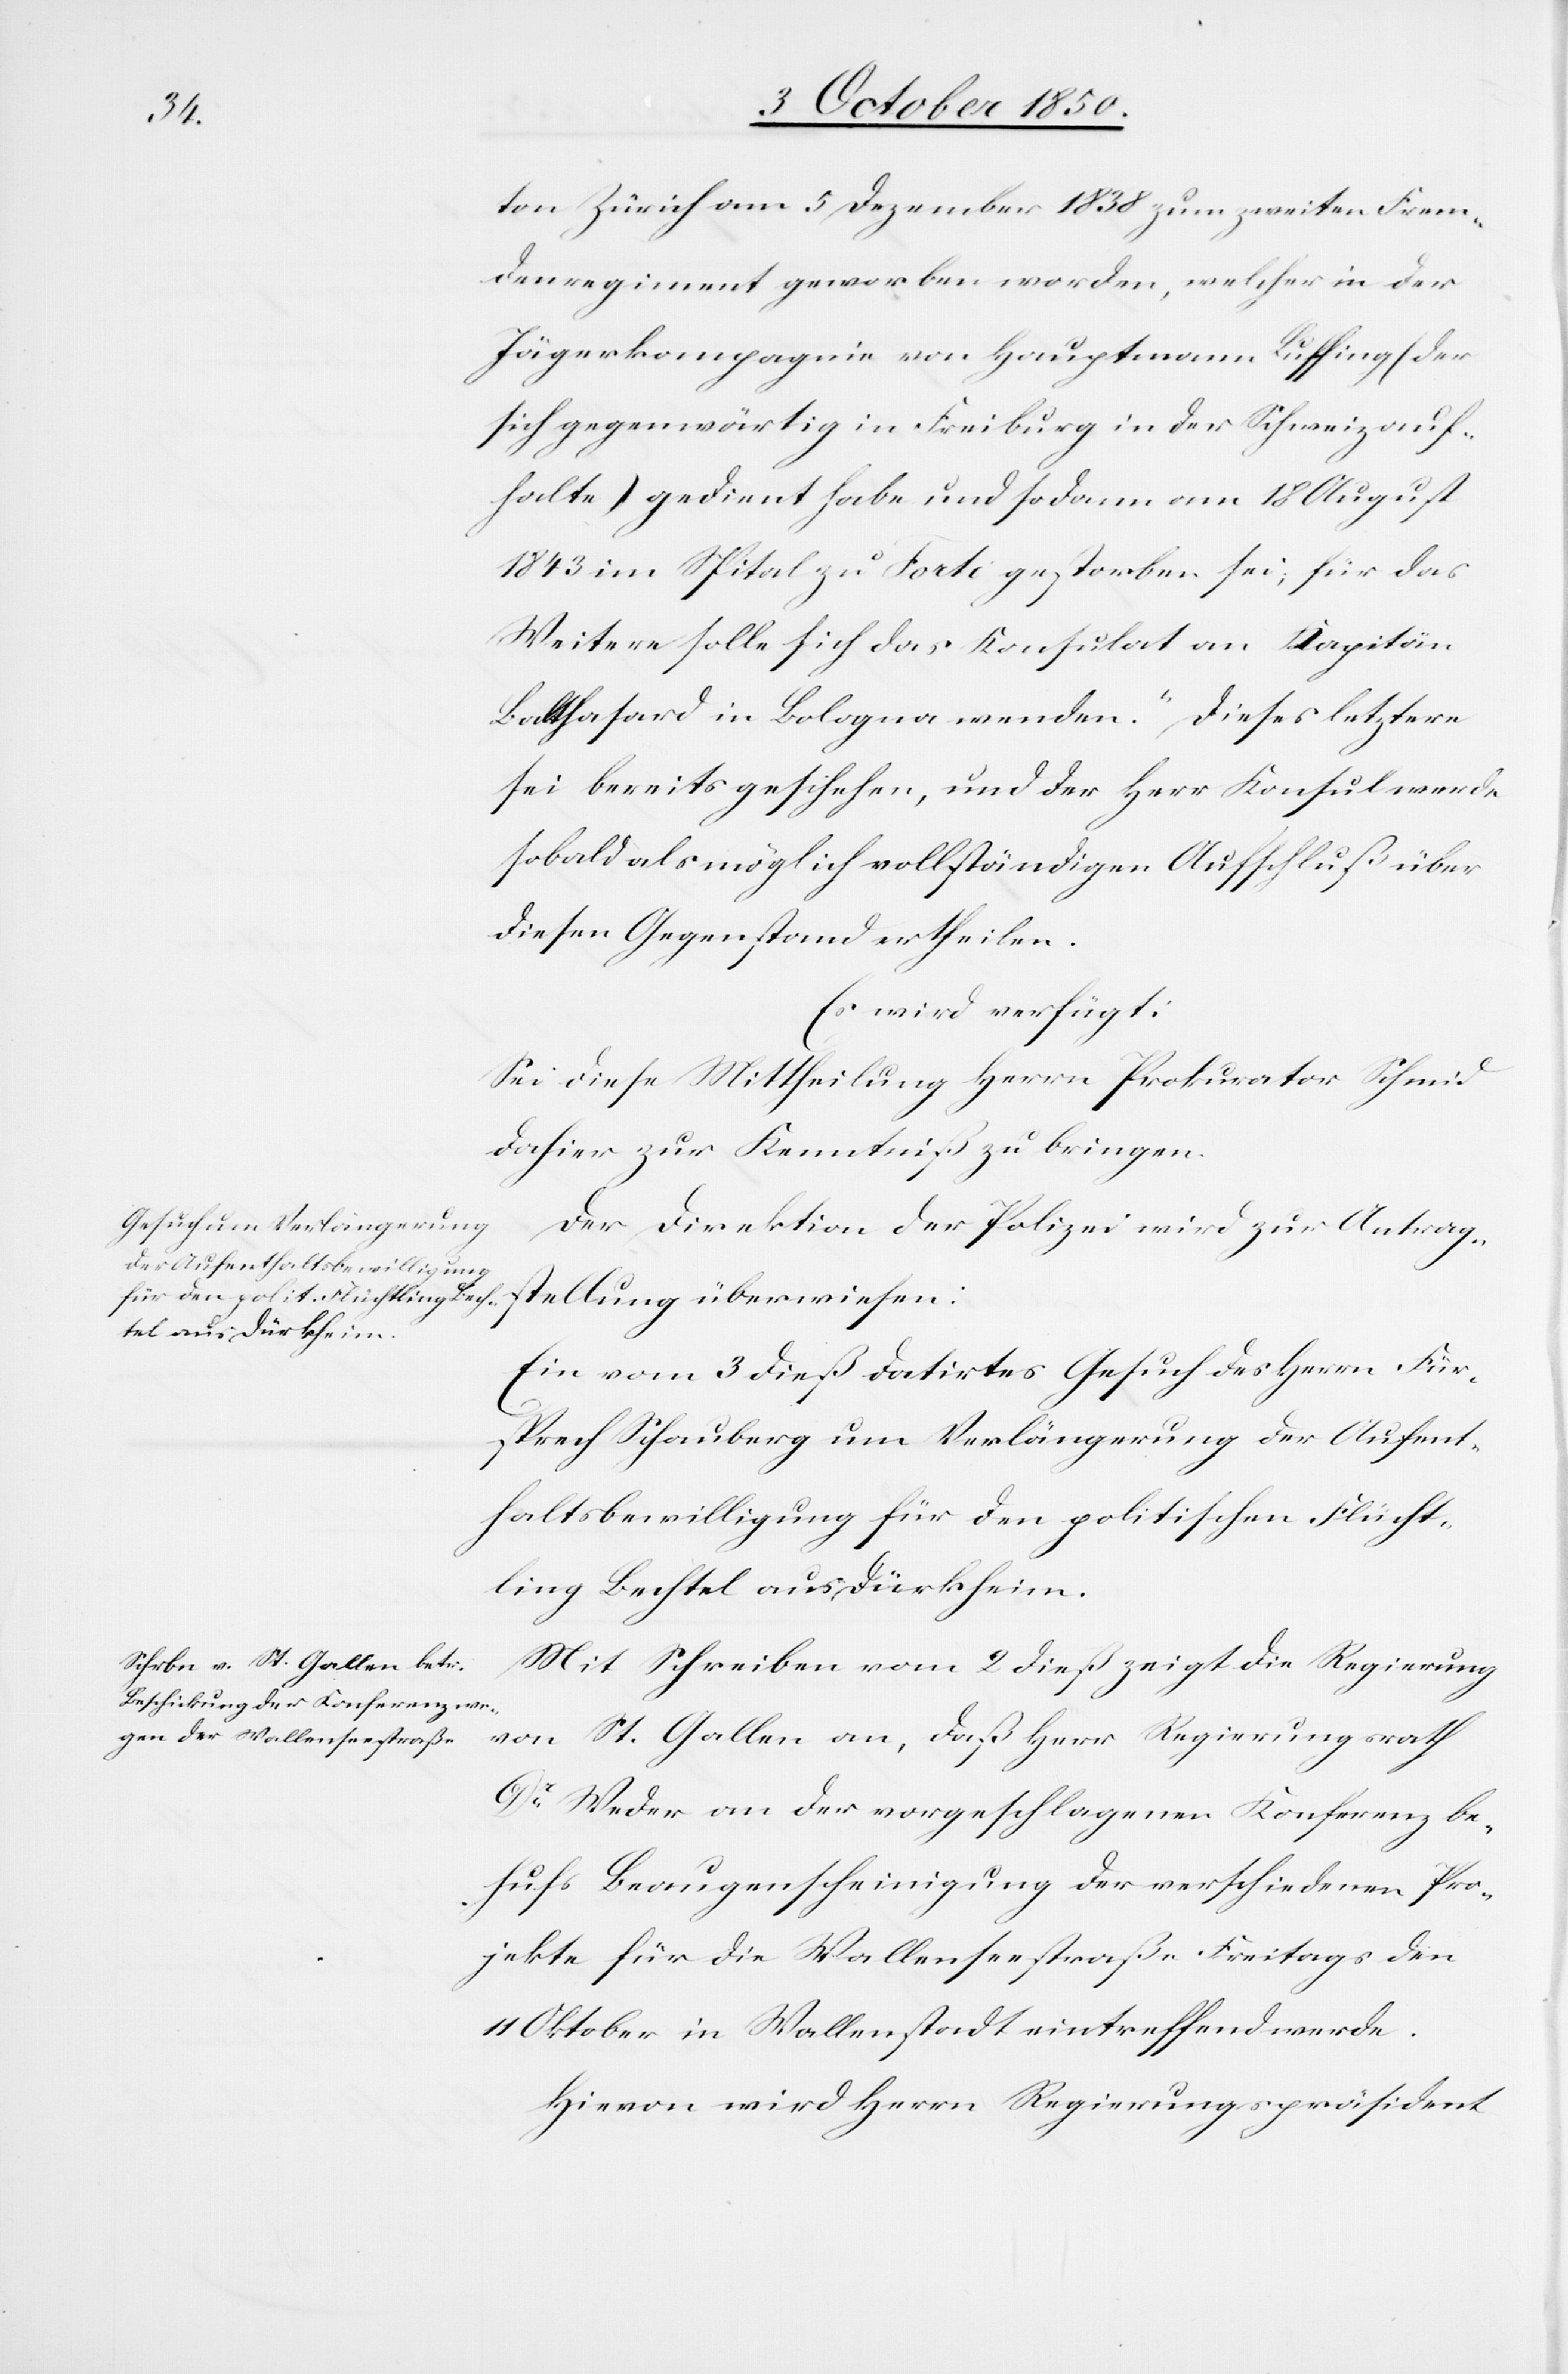
4 October 1850.]
ton Zürich am 5 Dezember 1838 zum zweiten Frem¬
denregiment geworben worden, welcher in der
Jägerkompagnie von Hauptmann Ruffing (der
sich gegenwärtig in Freiburg in der Schweiz auf¬
halte) gedient habe und sodann am 18 August
1843 im Spital zu Forti [?recte: Forli] gestorben sei, für das
Weitere solle sich das Konsulat an Kapitän
Balthasard in Bologna wenden.“ Dieses letztere
sei bereits geschehen, und der Herr Konsul werde
sobald als möglich vollständigen Aufschluß über
diesen Gegenstand ertheilen.
Es wird verfügt:
Sei diese Mittheilung Herrn Prokurator Schmid
dahier zur Kenntniß zu bringen.
Der Direktion der Polizei wird zur Antrag¬
stellung überwiesen:
Ein vom 3 dieß datirtes Gesuch des Herrn Für¬
sprech Schauberg um Verlängerung der Aufent¬
haltsbewilligung für den politischen Flücht¬
ling Bechtel aus Dürkheim.
Mit Schreiben vom 2 dieß zeigt die Regierung
von St. Gallen an, daß Herr Regierungsrath
Dr Weder an der vorgeschlagenen Konferenz be¬
hufs Beaugenscheinigung der verschiedenen Pro¬
jekte für die Wallenseestraße Freitags den
Oktober in Wallenstadt eintreffend [sic!]
Hievon wird Herrn Regierungspräsident